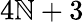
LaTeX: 4\mathbb{N}+3